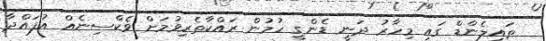
ތައިލެންޑް ގައި މިހާރު ދަނީ ޑެންގީ ހުމުން ރައްކާތެރިވުމަށް ވެކްސިނެއް އުފައްދާ